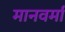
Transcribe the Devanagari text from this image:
मानवर्मा